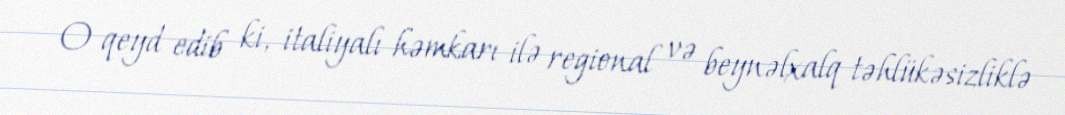
O qeyd edib ki, italiyalı həmkarı ilə regional və beynəlxalq təhlükəsizliklə